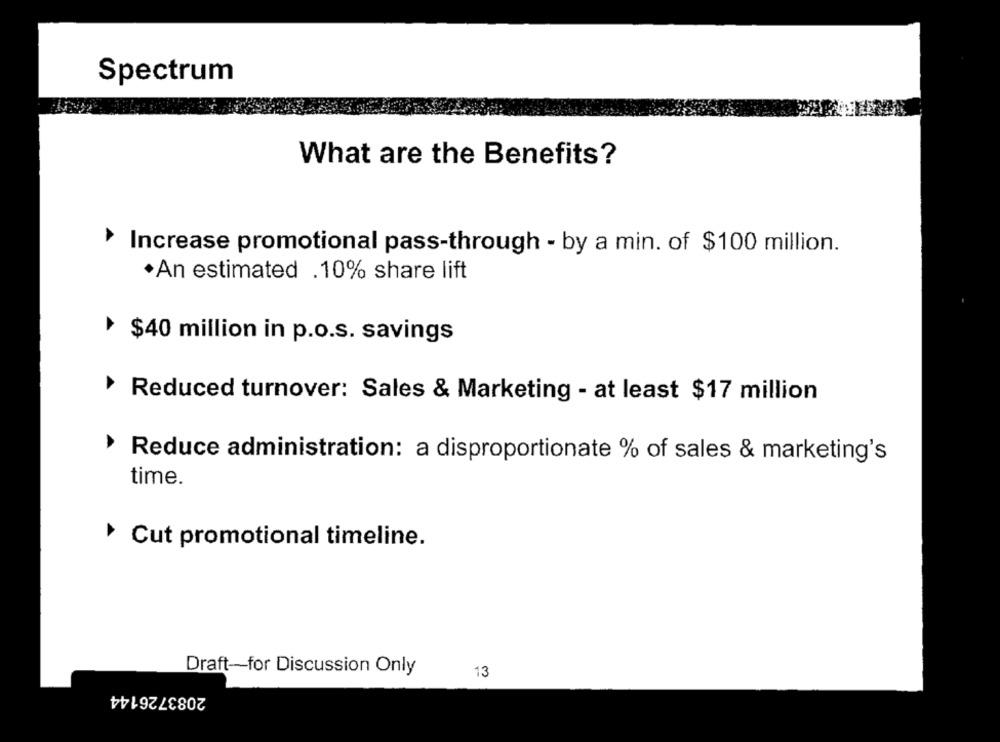
Spectrum
What are the Benefits?
Increase promotional pass-through - by a min. of $100 million.
·An estimated .10% share lift
$40 million in p.o.s. savings
Reduced turnover: Sales & Marketing - at least $17 million
Reduce administration: a disproportionate % of sales & marketing's
time.
Cut promotional timeline.
Draft-for Discussion Only
13
2083726144